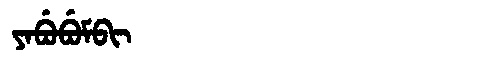
Manchu: ᠶᠠᠪᡠᠪᡠᠮᠪᡳ
Romanization: YABUBUMBI